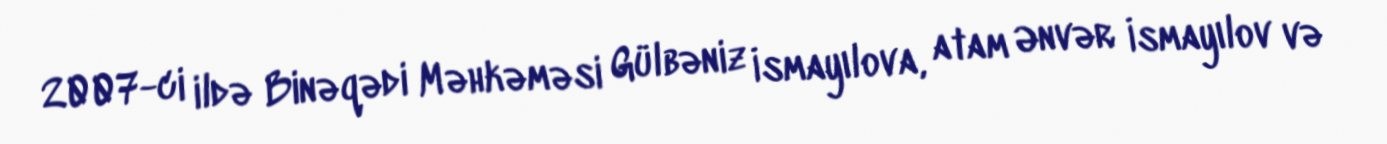
2007-ci ildə Binəqədi Məhkəməsi Gülbəniz İsmayılova, atam Ənvər İsmayılov və